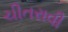
ચીતરાવી